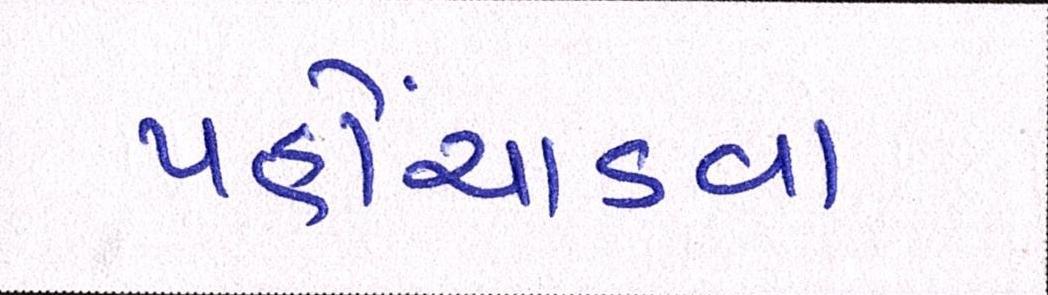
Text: પહોંચાડવા